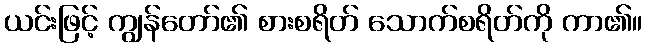
ယင်းဖြင့် ကျွန်တော်၏ စားစရိတ် သောက်စရိတ်ကို ကာ၏။